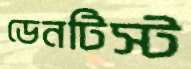
ডেনটিস্ট